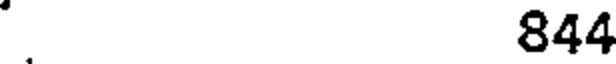
844